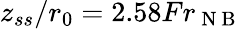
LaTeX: z_{ss}/r_{0}=2.58Fr_{\mathrm{~N~B~}}